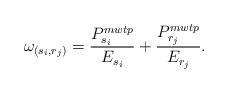
LaTeX: \begin{align*}\omega_{(s_i,r_j)}=\frac{P_{s_i}^{mwtp}}{{E_{s_i}}}+\frac{P_{r_j}^{mwtp}}{E_{r_j}}.\end{align*}